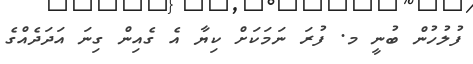
ފުލުހުން ބުނީ މ. ފުރަ ނަމަކަށް ކިޔާ އެ ގެއިން ގިނަ އަދަދެއްގެ